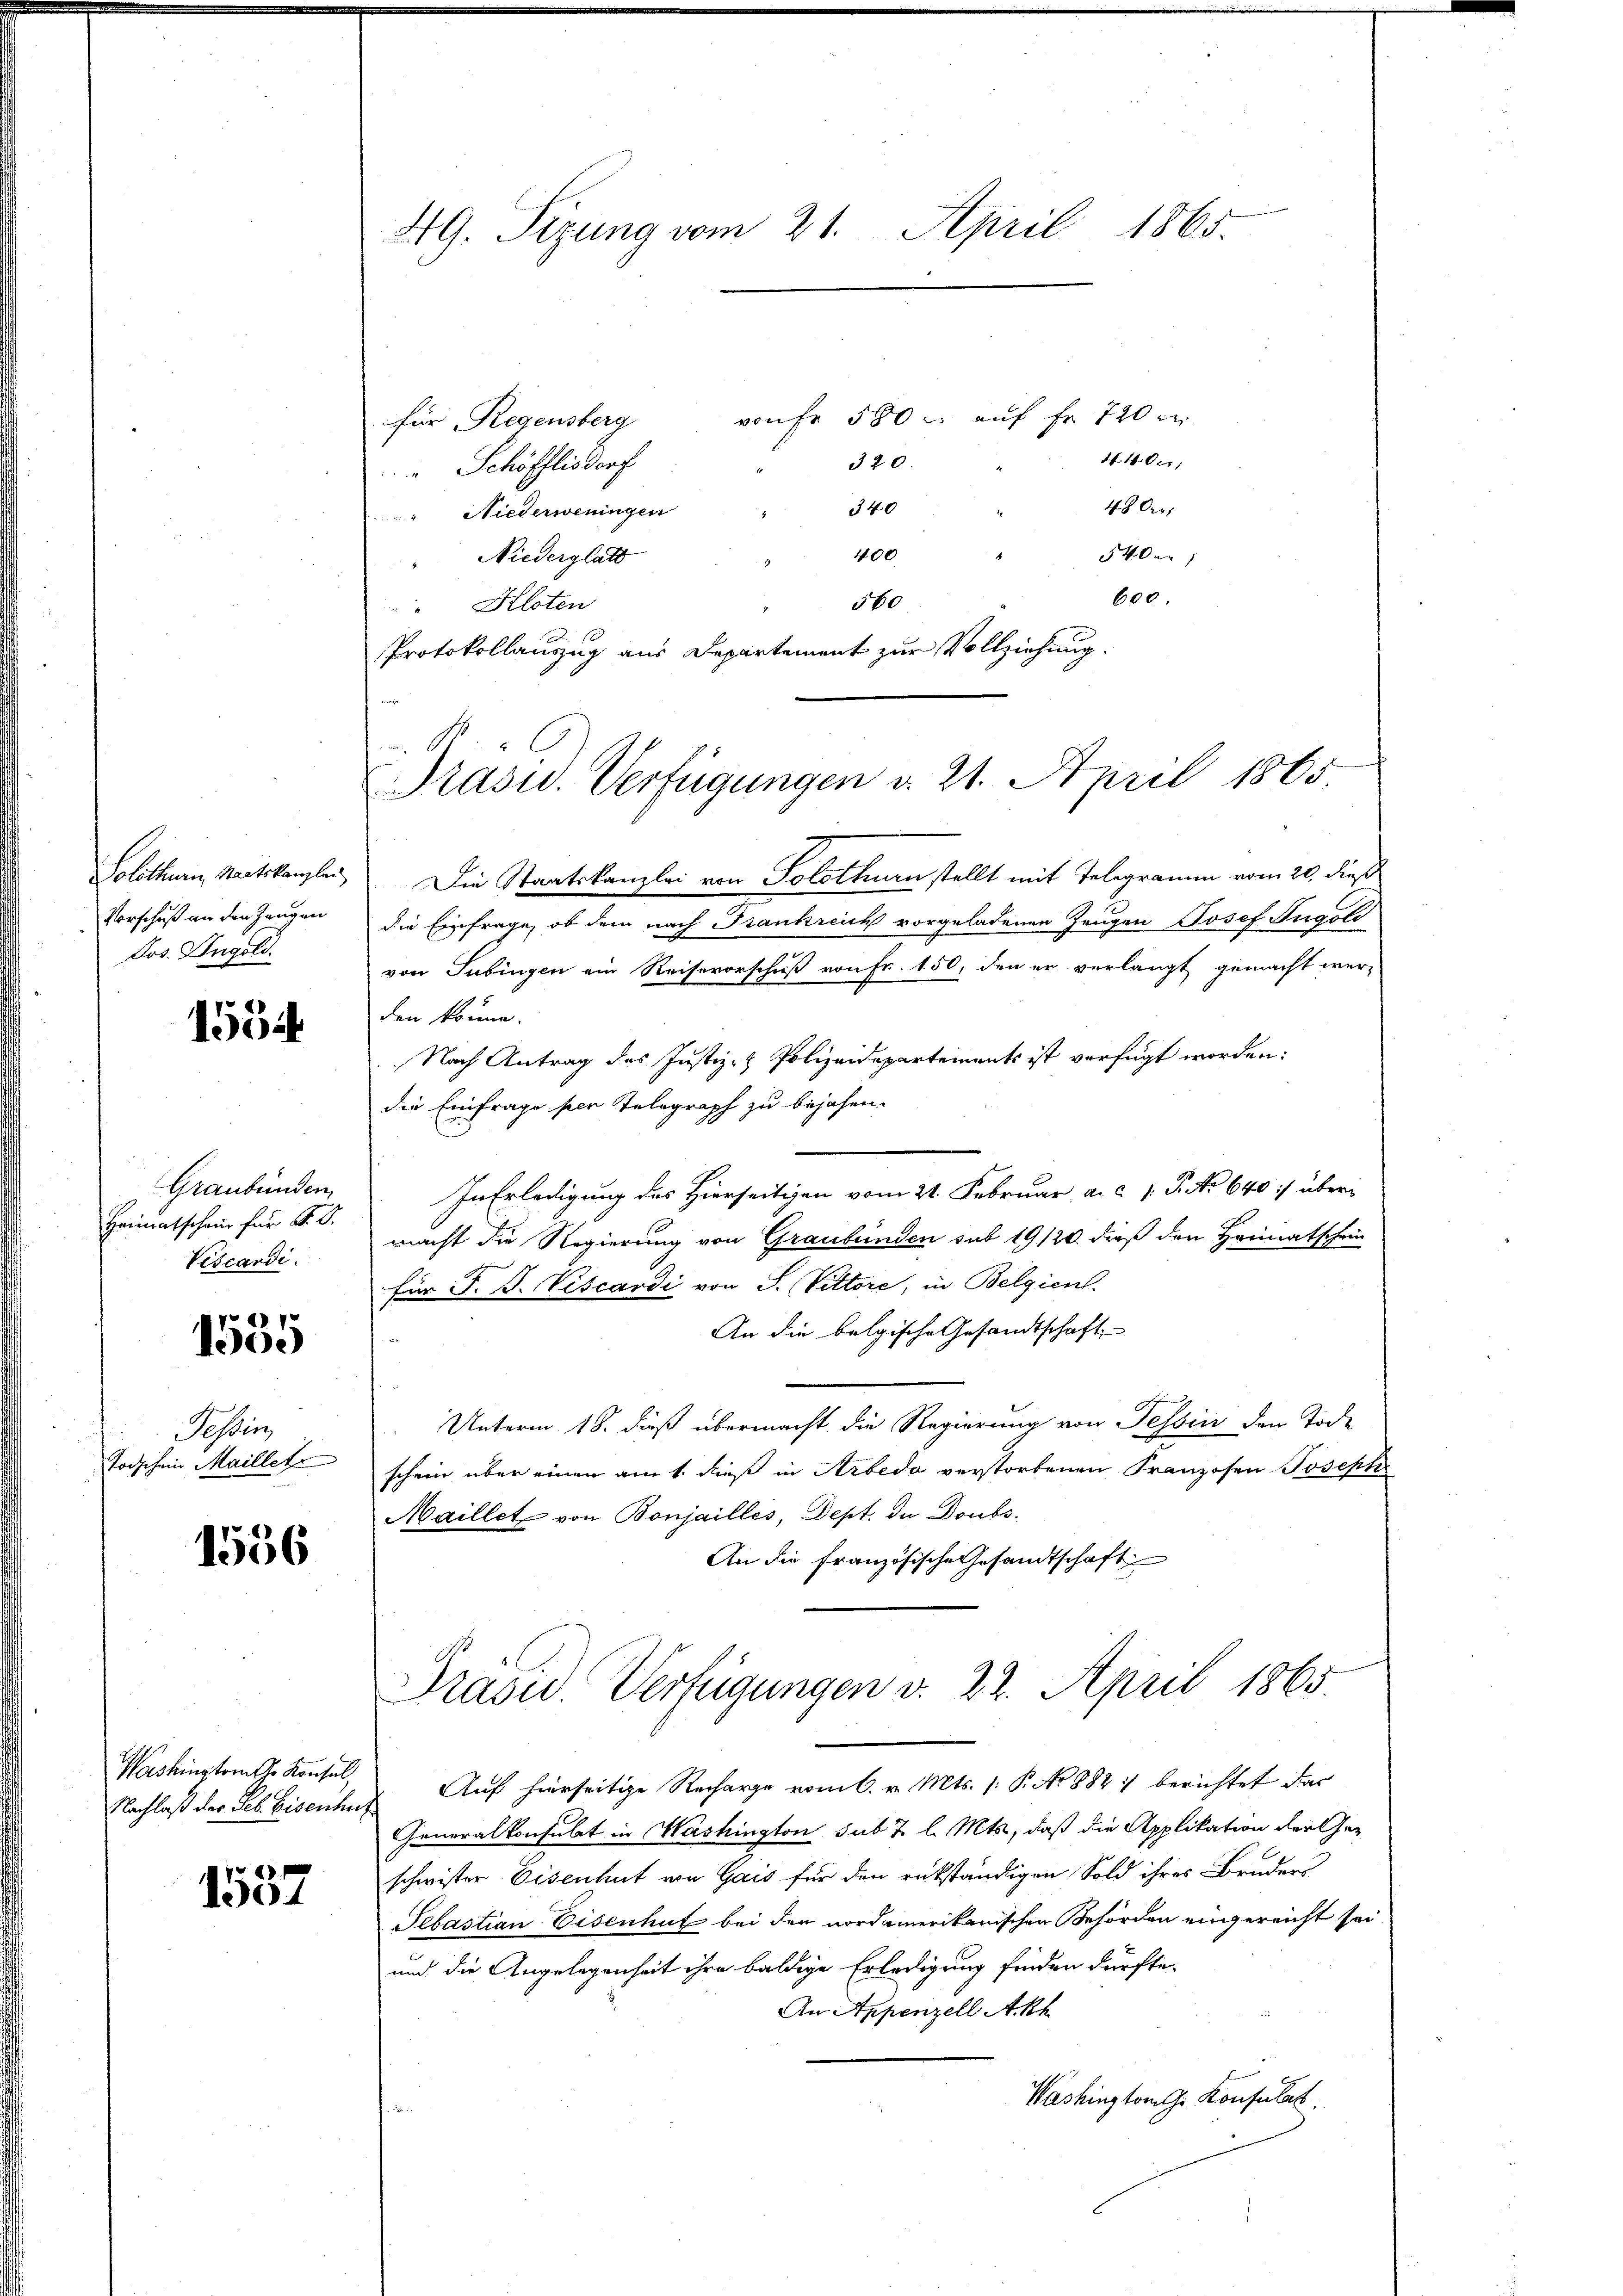
Solothurn, Staatskanzlei
Vorschuß an den Zeugen
Jos. Ingold

1554

Graubünden
Heimatschein für d. d.
Vescardi.

1555

Tessin
Todschein Maillete

1536

Washington ihr Konsul,

1557

49. Sizung vom 21. April 1865.

von Fr. 580 u. auf Fr. 720 er
für Regensberg
4. 402;
320.
Schöfflisdorf
4800
340
" Niederweningen
400
540er
" Niederglatt
600.
560
"Kloten
Protokollauszug aus Departement zur Vollziehung.

Präsid. Verfügungen u. 21. April 1865.
Die Staatskanzlei von Solothurn stellt mit Telegramm vom 20. dieß

die Einfrage, ob dem nach Frankreich vorgeladenen Zeugen Josef Tugoli
von Tübingen ein Reisevorschuß von Fr. 150, den er verlangt gemacht wer-
den könne.
Nach Antrag des Justiz- & Polizeidepartements ist verfügt worden:
die Einfrage per Telegraph zu bejahen.
In Erledigung des Hierseitigen vom 21. Februar, a. c. 1 P. No 640 :/ über
macht die Regierung von Graubünden sub 19/20. dieß den Heimatschein
für F. F. Viscardi von J. Vittore, in Belgien.
An die belgische Gesandtschaft
Unterm 18. Fuß übermacht die Regierung von Tessin den Tode
schein über einen am 1. dieß in Arbeda verstorbenen Franzosen Joseph
Maillet von Bonjailles, Dept. der Doubs-
An die französische Gesandtschaft
Präsid. Verfügungen v. 22. April 1865.
Nachlaß der Seb. Eisenhut. Auf hierseitige Recharge vom 6. v. Mts. 1. P. Nr. 1882 :/ berichtet das
Generalkonsulat in Washington sub 7 l. Mts., daß die Applikation der Geschwister Eisenhut von Gais für den rükständigen Sold ihres Bruders
Sebastian Eisenhut bei den nordamerikanischen Behörden eingereicht sei
und die Angelegenheit ihre baldige Erledigung finden dürfte,
An Appenzell A.Rh.
Washington ihr Konsulat